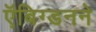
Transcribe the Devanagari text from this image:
ऍबिग्डनने